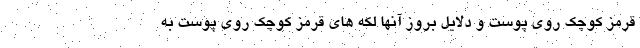
قرمز کوچک روی پوست و دلایل بروز آنها لکه های قرمز کوچک روی پوست به